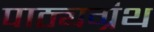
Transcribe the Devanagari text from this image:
पाठ्यग्रंथ